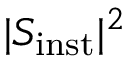
\vert S _ { \mathrm { i n s t } } \vert ^ { 2 }